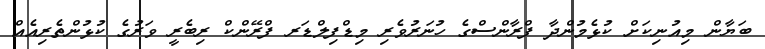
ބަޔާން މިއުނިކަށް ކުޅެމުންދާ ފްރާންސްގެ ހުނަރުވެރި މިޑްފިލްޑަރ ފްރޭންކް ރިބެރީ ވަރުގެ ކުޅުންތެރިއެއް